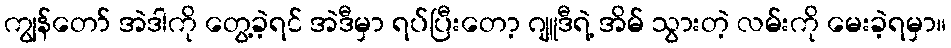
ကျွန်တော် အဲဒါကို တွေ့ခဲ့ရင် အဲဒီမှာ ရပ်ပြီးတော့ ဂျူဒီရဲ့ အိမ် သွားတဲ့ လမ်းကို မေးခဲ့ရမှာ။